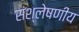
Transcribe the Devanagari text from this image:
संश्लेषणीय